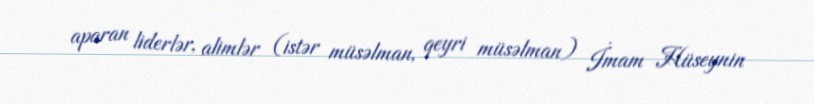
aparan liderlər, alimlər (istər müsəlman, qeyri müsəlman) İmam Hüseynin